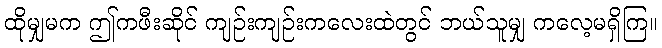
ထိုမျှမက ဤကဖီးဆိုင် ကျဉ်းကျဉ်းကလေးထဲတွင် ဘယ်သူမျှ ကလေ့မရှိကြ။